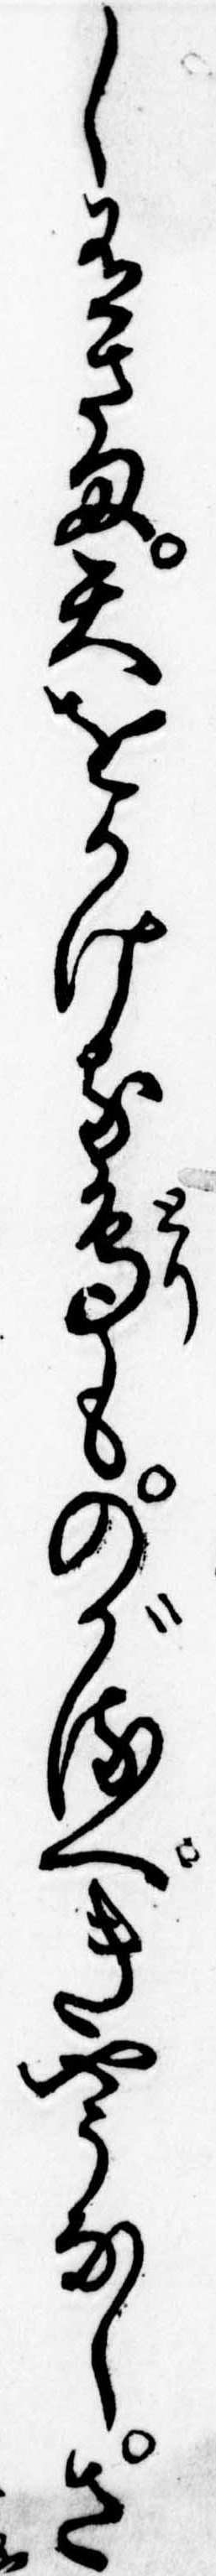
し有さま天をかける鳥ものがるべきやうなしさ